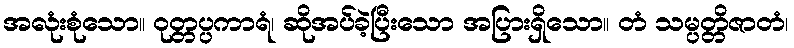
အလုံးစုံသော။ ဝုတ္တပ္ပကာရံ၊ ဆိုအပ်ခဲ့ပြီးသော အပြားရှိသော။ တံ သမ္ပတ္တိဇာတံ၊